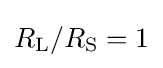
R_{\mathrm {L} }/R_{\mathrm {S} }=1